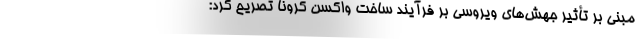
مبنی بر تأثیر جهش‌‌های ویروسی بر فرآیند ساخت واکسن کرونا تصریح کرد: